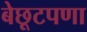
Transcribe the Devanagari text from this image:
बेछूटपणा